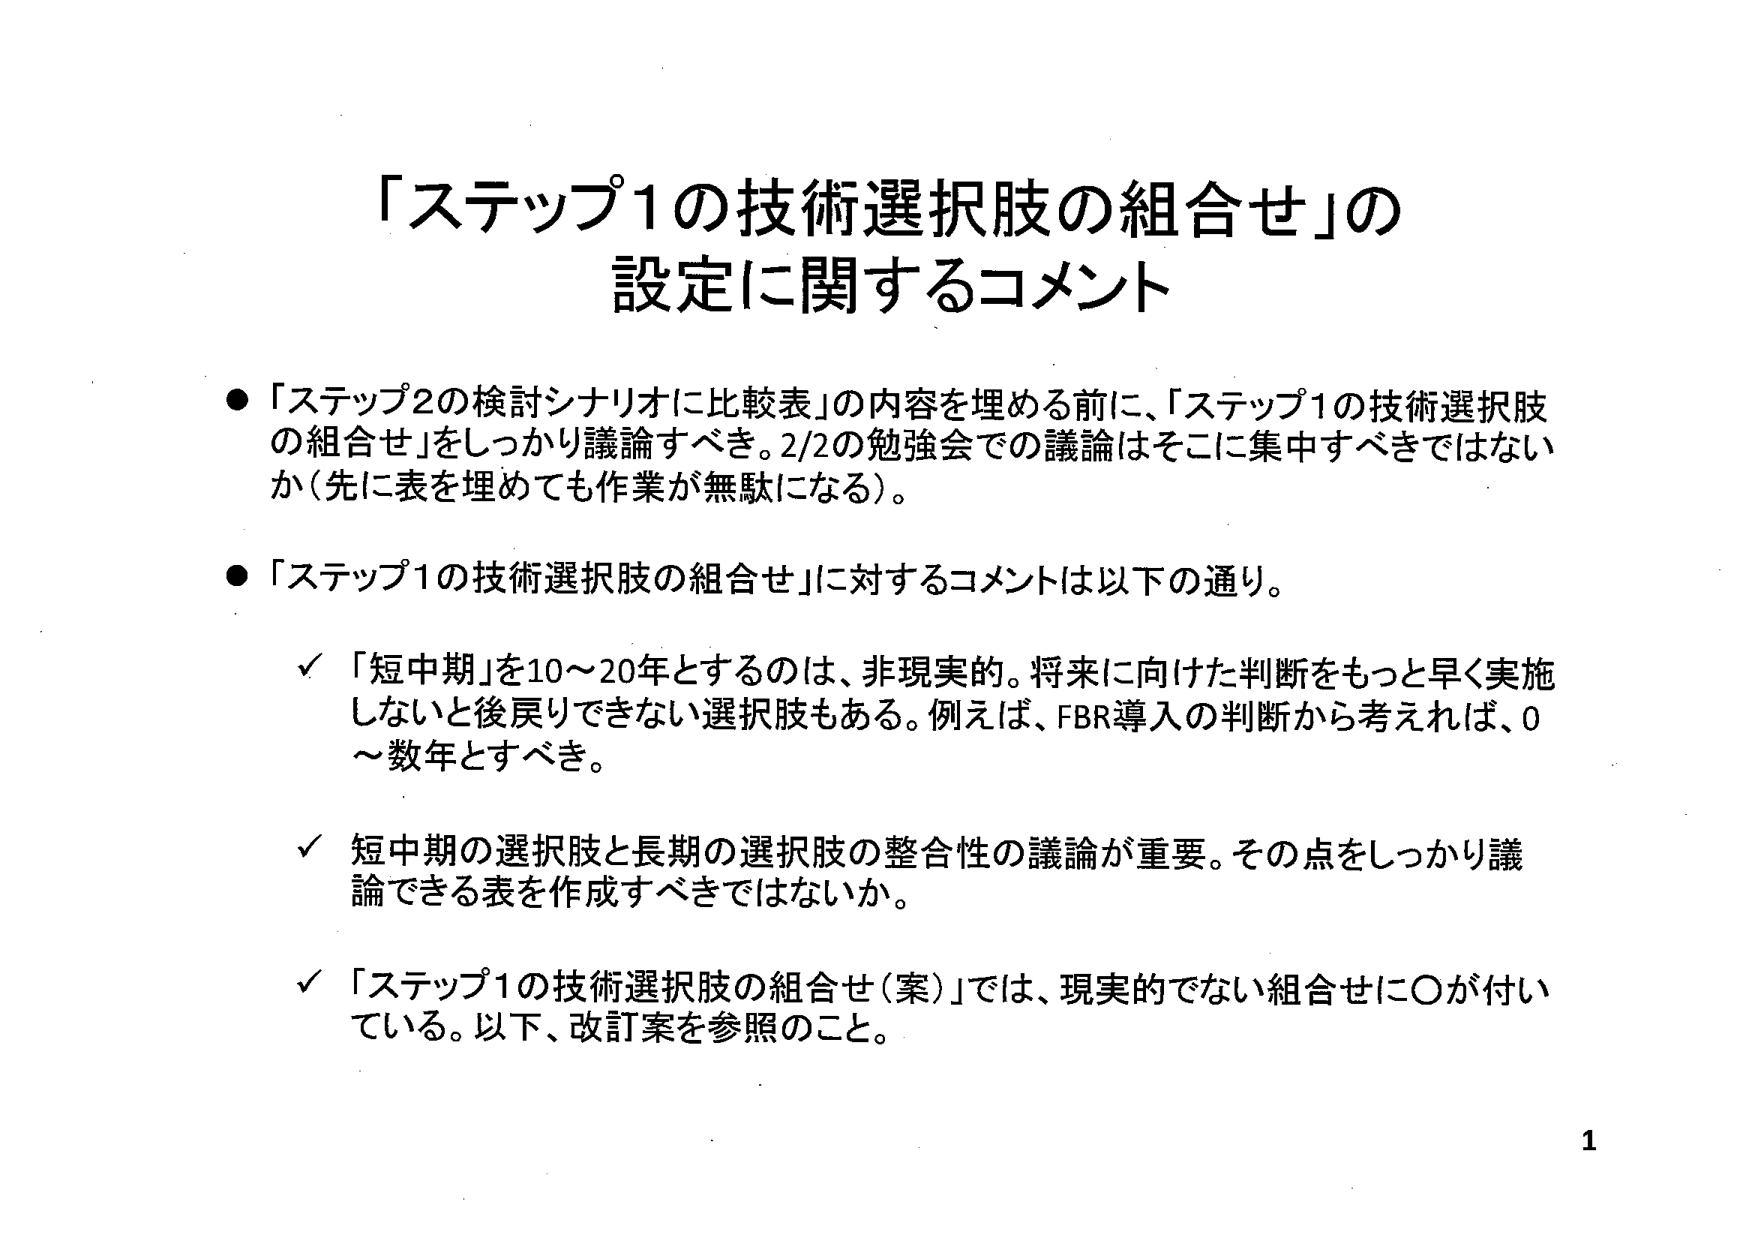
「ステップ1の技術選択肢の組合せ」の
設定に関するコメント

●「ステップ2の検討シナリオに比較表」の内容を埋める前に、「ステップ1の技術選択肢
の組合せ」をしっかり議論すべき。2/2の勉強会での議論はそこに集中すべきではない
か（先に表を埋めても作業が無駄になる）。

●「ステップ1の技術選択肢の組合せ」に対するコメントは以下の通り。

　✓「短中期」を10～20年とするのは、非現実的。将来に向けた判断をもっと早く実施
　しないと後戻りできない選択肢もある。例えば、FBR導入の判断から考えれば、0
　～数年とすべき。

　✓短中期の選択肢と長期の選択肢の整合性の議論が重要。その点をしっかり議
　論できる表を作成すべきではないか。

　✓「ステップ1の技術選択肢の組合せ（案）」では、現実的でない組合せに○が付い
　ている。以下、改訂案を参照のこと。

1